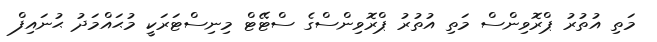
މަތި އުތުރު ޕްރޮވިންސް މަތި އުތުރު ޕްރޮވިންސްގެ ސްޓޭޓް މިނިސްޓަރަކީ މުޙައްމަދު ޙުނައިފް